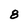
Character: 8